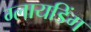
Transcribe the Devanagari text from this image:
ग्लायडिंग